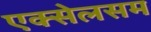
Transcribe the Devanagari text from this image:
एक्सेलसम